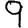
Digit: 9